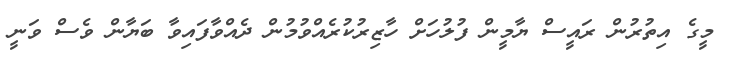
މީގެ އިތުރުން ރައީސް ޔާމީން ފުލުހަށް ހާޒިރުކުރެއްވުމުން ދެއްވާފައިވާ ބަޔާން ވެސް ވަނީ